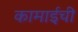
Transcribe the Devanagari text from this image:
कामाईची